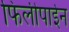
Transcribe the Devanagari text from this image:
फिलीपाईन